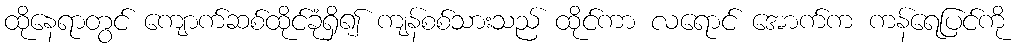
ထိုနေရာတွင် ကျောက်ဆစ်ထိုင်ခုံရှိ၍ ကျန်စစ်သားသည် ထိုင်ကာ လရောင် အောက်က ကန်ရေပြင်ကို